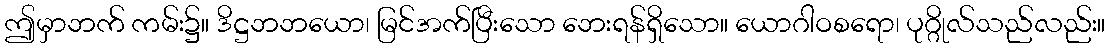
ဤမှာဘက် ကမ်း၌။ ဒိဋ္ဌဘဘယော၊ မြင်အက်ပြီးသော ဘေးရန်ရှိသော။ ယောဂါဝစရော၊ ပုဂ္ဂိုလ်သည်လည်း။